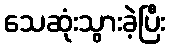
သေဆုံးသွားခဲ့ပြီး